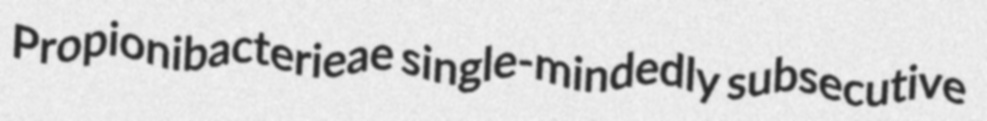
Propionibacterieae single-mindedly subsecutive